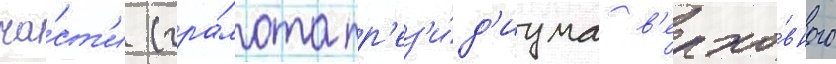
ча́ст'и (гра́мота пр'ез'и́д'иума в'ерхо́вного